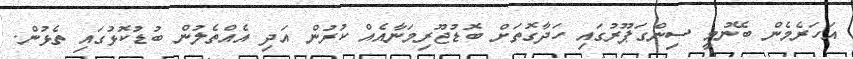
އަހަރެމެން ބޭނުމީ ސިންގަޕޫރުގައި ހަދާގޮތަށް ބޮޑުޖޫރިމަނާއެއް ކުރުން އަދި އެއްތެލުން ބުޑުކޮޅުގައި ތެޅުން.